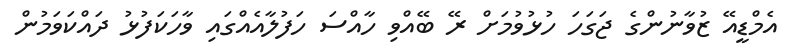
އެމްޑީއޭ ޒުވާނުންގެ ޖަގަހަ ހުޅުވުމަށް ރޭ ބޭއްވި ހާއްސަ ހަފުލާއެއްގައި ވާހަކަފުޅު ދައްކަވަމުން